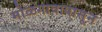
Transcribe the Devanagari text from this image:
मोळगावापासून